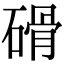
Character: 磆